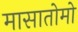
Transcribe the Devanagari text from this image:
मासातोमो